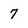
Character: 7